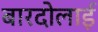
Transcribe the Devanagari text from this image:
बारदोलाई